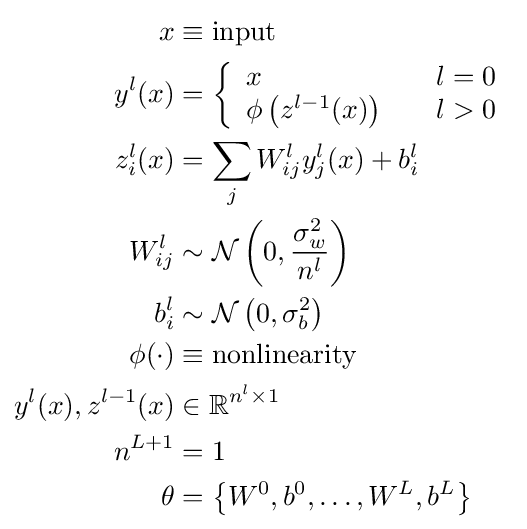
{\begin{aligned}x&\equiv {\text{input}}\\y^{l}(x)&=\left\{{\begin{array}{lcl}x&&l=0\\\phi \left(z^{l-1}(x)\right)&&l>0\end{array}}\right.\\z_{i}^{l}(x)&=\sum _{j}W_{ij}^{l}y_{j}^{l}(x)+b_{i}^{l}\\W_{ij}^{l}&\sim {\mathcal {N}}\left(0,{\frac {\sigma _{w}^{2}}{n^{l}}}\right)\\b_{i}^{l}&\sim {\mathcal {N}}\left(0,\sigma _{b}^{2}\right)\\\phi (\cdot )&\equiv {\text{nonlinearity}}\\y^{l}(x),z^{l-1}(x)&\in \mathbb {R} ^{n^{l}\times 1}\\n^{L+1}&=1\\\theta &=\left\{W^{0},b^{0},\dots ,W^{L},b^{L}\right\}\end{aligned}}